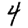
Digit: 4